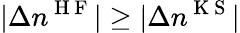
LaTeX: |\Delta n^{\mathrm{~H~F~}}|\geq|\Delta n^{\mathrm{~K~S~}}|